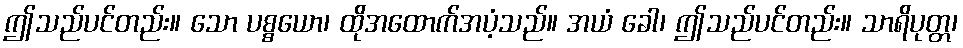
ဤသည်ပင်တည်း။ သော ပစ္စယော၊ ထိုအထောက်အပံ့သည်။ အယံ ခေါ၊ ဤသည်ပင်တည်း။ သာရိပုတ္တ၊